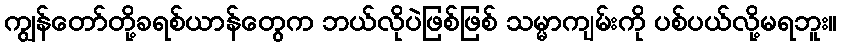
ကျွန်တော်တို့ခရစ်ယာန်တွေက ဘယ်လိုပဲဖြစ်ဖြစ် သမ္မာကျမ်းကို ပစ်ပယ်လို့မရဘူး။